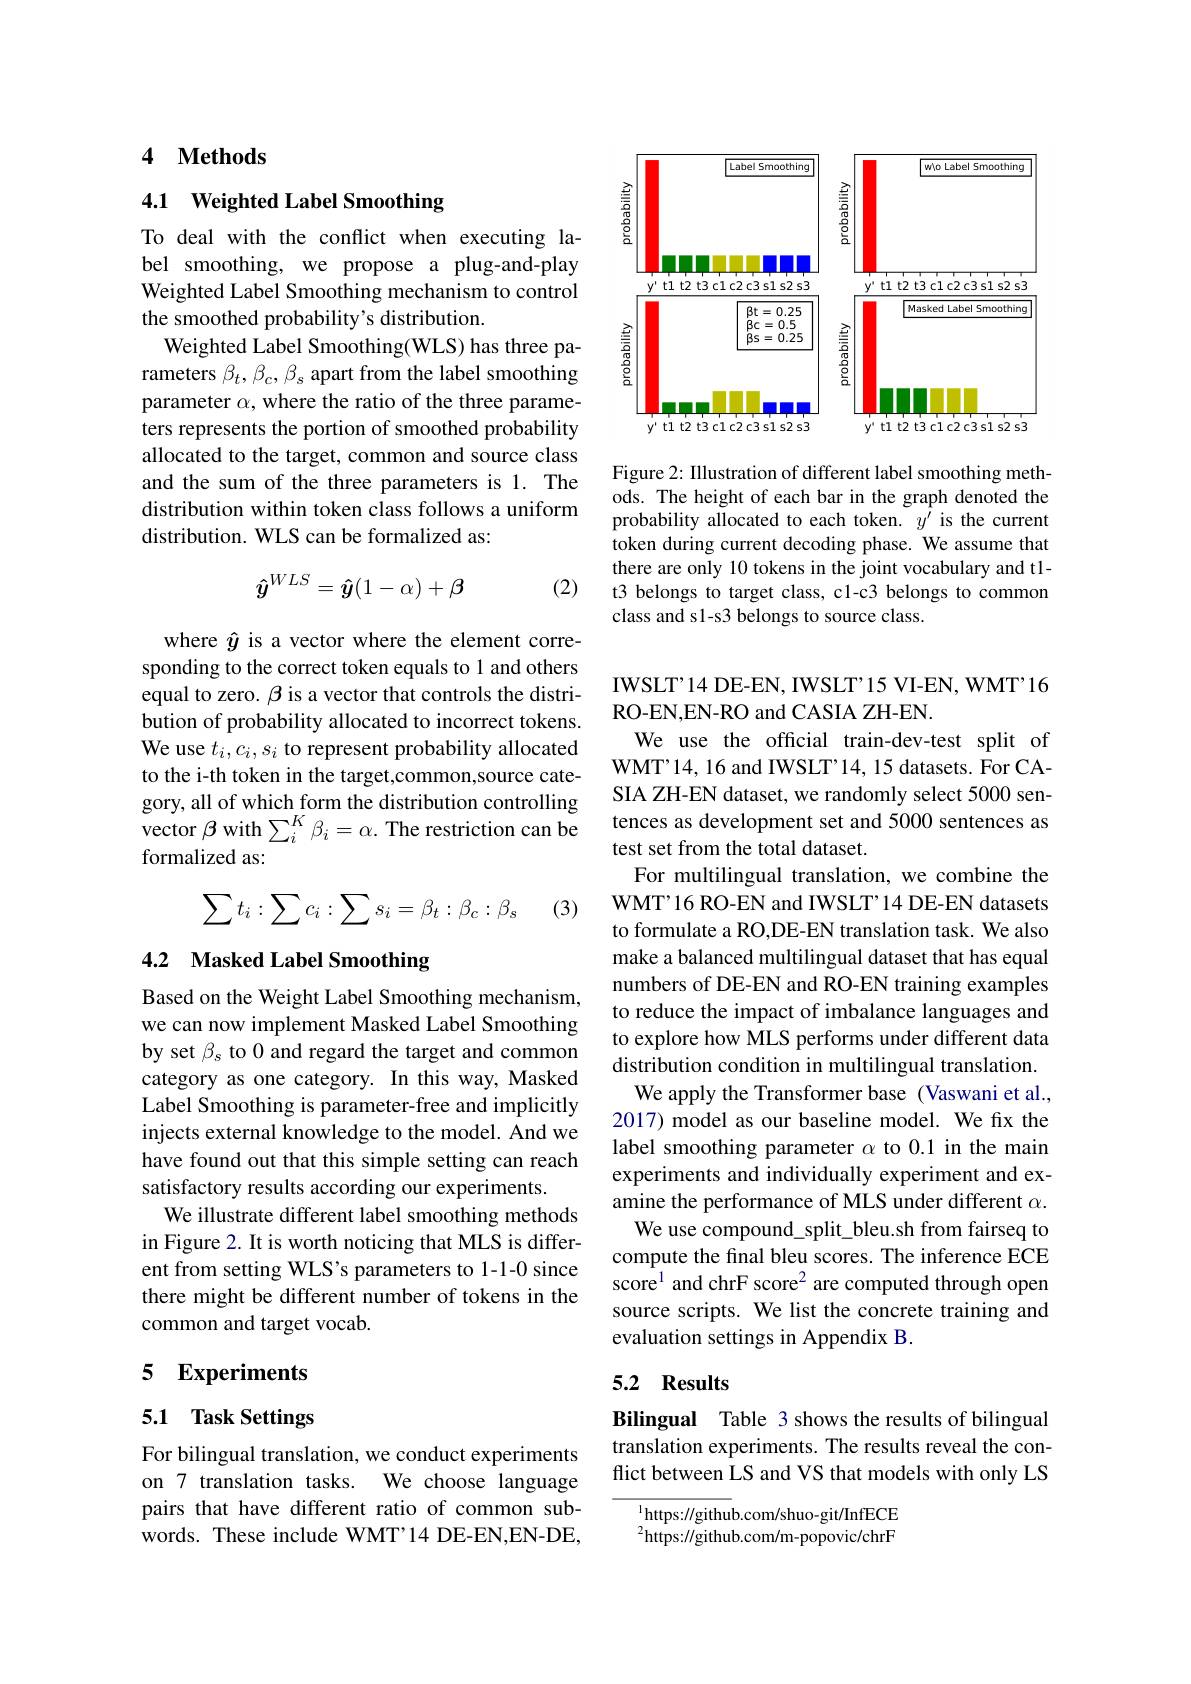
## 4 Methods

4.1 Weighted Label Smoothing

To deal with the conflict when executing label smoothing, we propose a plug-and-play Weighted Label Smoothing mechanism to control the smoothed probability's distribution.
Weighted Label Smoothing(WLS) has three parameters $\beta_t,\beta_c,\beta_s$ apart from the label smoothing parameter $\alpha$, where the ratio of the three parameters represents the portion of smoothed probability allocated to the target, common and source class and the sum of the three parameters is 1. The distribution within token class follows a uniform distribution. WLS can be formalized as:
$$\hat{y}^{WLS}=\hat{y}(1-\alpha)+\beta $$
(2)

where $\hat{y}$ is a vector where the element corresponding to the correct token equals to 1 and others equal to zero. $\beta$ is a vector that controls the distribution of probability allocated to incorrect tokens. We use $t_i,c_i,s_i$ to represent probability allocated to the i-th token in the target,common,source category, all of which form the distribution controlling vector $\beta$ with $\sum_i^{K}\beta_{i}=\alpha.$ The restriction can be formalized as:
$$\sum t_i:\sum c_i:\sum s_i=\beta_t:\beta_c:\beta_s$$
(3)

## 4.2 Masked Label Smoothing

Based on the Weight Label Smoothing mechanism, we can now implement Masked Label Smoothing by set $\beta_s$ to 0 and regard the target and common category as one category. In this way, Masked Label Smoothing is parameter-free and implicitly injects external knowledge to the model. And we have found out that this simple setting can reach satisfactory results according our experiments.
We illustrate different label smoothing methods in Figure 2. It is worth noticing that MLS is different from setting WLS's parameters to 1-1-0 since there might be different number of tokens in the common and target vocab.

## 5 Experiments

## 5.1 Task Settings

For bilingual translation, we conduct experiments on 7 translation tasks. We choose language pairs that have different ratio of common subwords. These include WMT'14 DE-EN,EN-DE,

<FigureHere>

Figure 2: Illustration of different label smoothing methods. The height of each bar in the graph denoted the probability allocated to each token. $y^{\prime}$ is the current token during current decoding phase. We assume that there are only 10 tokens in the joint vocabulary and tlt3 belongs to target class, c1-c3 belongs to common class and s1-s3 belongs to source class.

IWSLT'14 DE-EN, IWSLT'15 VI-EN, WMT'16
RO-EN,EN-RO and CASIA ZH-EN
We use the official train-dev-test split of WMT'14, 16 and IWSLT'14, 15 datasets. For CASIA ZH-EN dataset, we randomly select 5000 sentences as development set and 5000 sentences as test set from the total dataset.
For multilingual translation, we combine the WMT'16 RO-EN and IWSLT' 14 DE-EN datasets to formulate a RO,DE-EN translation task. We also make a balanced multilingual dataset that has equal numbers of DE-EN and RO-EN training examples to reduce the impact of imbalance languages and to explore how MLS performs under different data distribution condition in multilingual translation. We apply the Transformer base (Vaswani et al.,
2017) model as our baseline model. We fix the label smoothing parameter $\alpha$ to 0.1 in the main experiments and individually experiment and examine the performance of MLS under different $\alpha.$ We use compound\_split\_bleu.sh from fairseq to
compute the final bleu scores. The inference ECE score$^{1}$ and chrF score$^2$ are computed through open source scripts. We list the concrete training and evaluation settings in Appendix B.

### 5.2 Results

Bilingual Table 3 shows the results of bilingual translation experiments. The results reveal the conflict between LS and VS that models with only LS

$^{1}$https://github.com/shuo-git/InfECE $^{2}$https://github.com/m-popovic/chrF